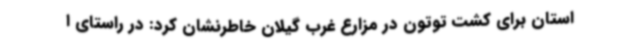
استان برای کشت توتون در مزارع غرب گیلان خاطرنشان کرد: در راستای ا